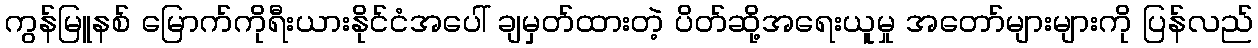
ကွန်မြူနစ် မြောက်ကိုရီးယားနိုင်ငံအပေါ် ချမှတ်ထားတဲ့ ပိတ်ဆို့အရေးယူမှု အတော်များများကို ပြန်လည်